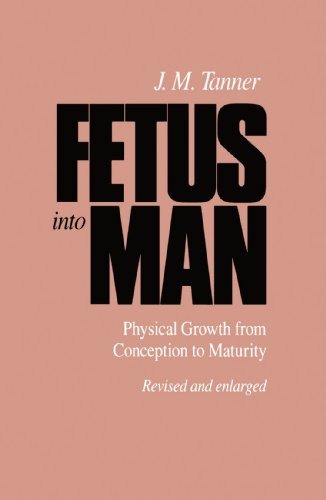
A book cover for Fetus into Man: Physical Growth from Conception to Maturity, Revised edition; James M. Tanner; Medical Books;